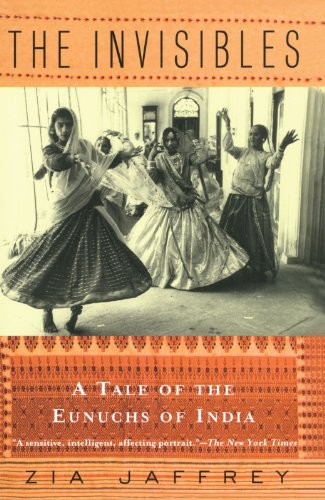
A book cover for The Invisibles: A Tale of the Eunuchs of India; Zia Jaffrey; Gay & Lesbian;